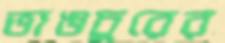
ভাঙচুরের